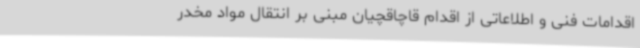
اقدامات فنی و اطلاعاتی از اقدام قاچاقچیان مبنی بر انتقال مواد مخدر